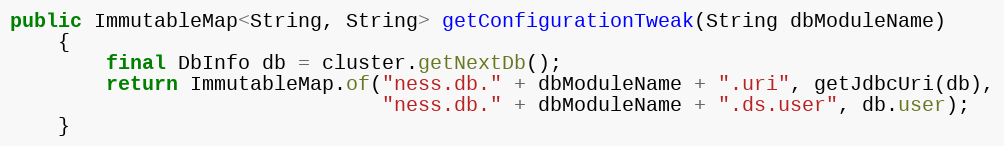
Language: Java
public ImmutableMap<String, String> getConfigurationTweak(String dbModuleName)
    {
        final DbInfo db = cluster.getNextDb();
        return ImmutableMap.of("ness.db." + dbModuleName + ".uri", getJdbcUri(db),
                               "ness.db." + dbModuleName + ".ds.user", db.user);
    }